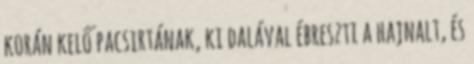
korán kelő pacsirtának, ki dalával ébreszti a hajnalt, és